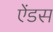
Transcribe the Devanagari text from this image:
ऐंडस